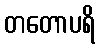
တတောပရိ